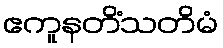
ဧကူနတိံသတိမံ